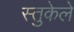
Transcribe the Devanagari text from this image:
स्तुकेले